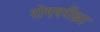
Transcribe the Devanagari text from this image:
रोगपरीक्षा